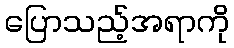
ပြောသည့်အရာကို